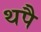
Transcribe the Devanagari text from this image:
थपै